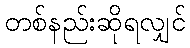
တစ်နည်းဆိုရလျှင်